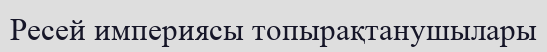
Ресей империясы топырақтанушылары